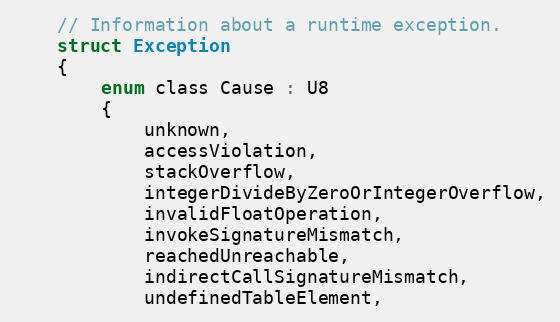
Language: C
	// Information about a runtime exception.
	struct Exception
	{
		enum class Cause : U8
		{
			unknown,
			accessViolation,
			stackOverflow,
			integerDivideByZeroOrIntegerOverflow,
			invalidFloatOperation,
			invokeSignatureMismatch,
			reachedUnreachable,
			indirectCallSignatureMismatch,
			undefinedTableElement,